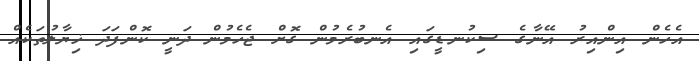
އެހެން އިންއިރު އޭނާގެ ސިކުނޑީގައި އެނބުރެމުން ގޮށް ޖެހެމުން ދަނީ ކޮންފަދަ ޚިޔާލުތަކެއް